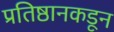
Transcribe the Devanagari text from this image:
प्रतिष्ठानकडून